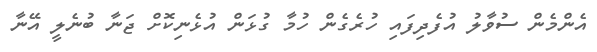
އެންމެން ސުވާލު އުފެދިފައި ހުރެގެން ހުމާ ގުޅަން އުޅެނިކޮށް ޖަނާ ބުނެލީ އޭނާ